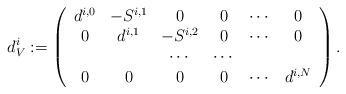
LaTeX: \begin{align*}d_{V}^{i}:=\left (\begin{array}{cccccc}d^{i, 0} & -S^{i, 1} & 0 & 0 & \cdots&0\\0& d^{i, 1} & -S^{i, 2} & 0 & \cdots&0\\&&\cdots &\cdots&&\\0& 0 & 0&0&\cdots&d^{i, N} \\\end{array}\right ).\end{align*}